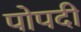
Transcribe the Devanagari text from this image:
पोपदी